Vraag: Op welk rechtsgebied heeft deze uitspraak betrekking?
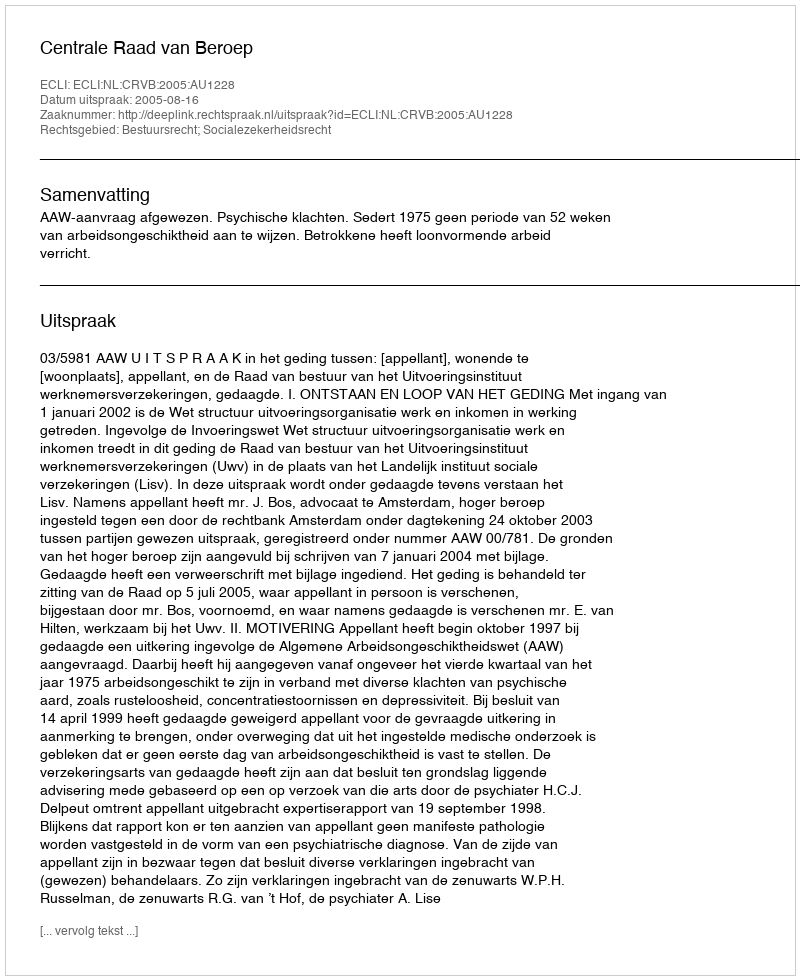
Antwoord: Bestuursrecht; Socialezekerheidsrecht